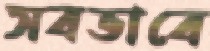
সবভাবে